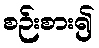
စဉ်းစား၍